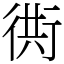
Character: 衖